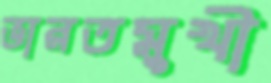
ভারতমুখী